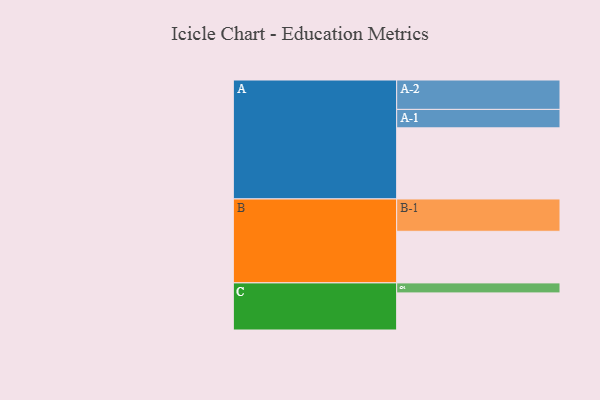
{"axis": {"x": "Segment", "y": "Value"}, "legend": ["", "A", "B", "C"], "data": [{"x": "A", "y": 583, "type": ""}, {"x": "B", "y": 423, "type": ""}, {"x": "C", "y": 304, "type": ""}, {"x": "A-1", "y": 151, "type": "A"}, {"x": "A-2", "y": 241, "type": "A"}, {"x": "B-1", "y": 265, "type": "B"}, {"x": "C-1", "y": 82, "type": "C"}]}